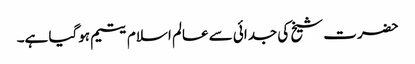
حضرت شیخ کی جدائی سے عالم اسلام یتیم ہوگیا ہے۔